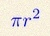
\pi r^2